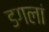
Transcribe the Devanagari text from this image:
डगलां